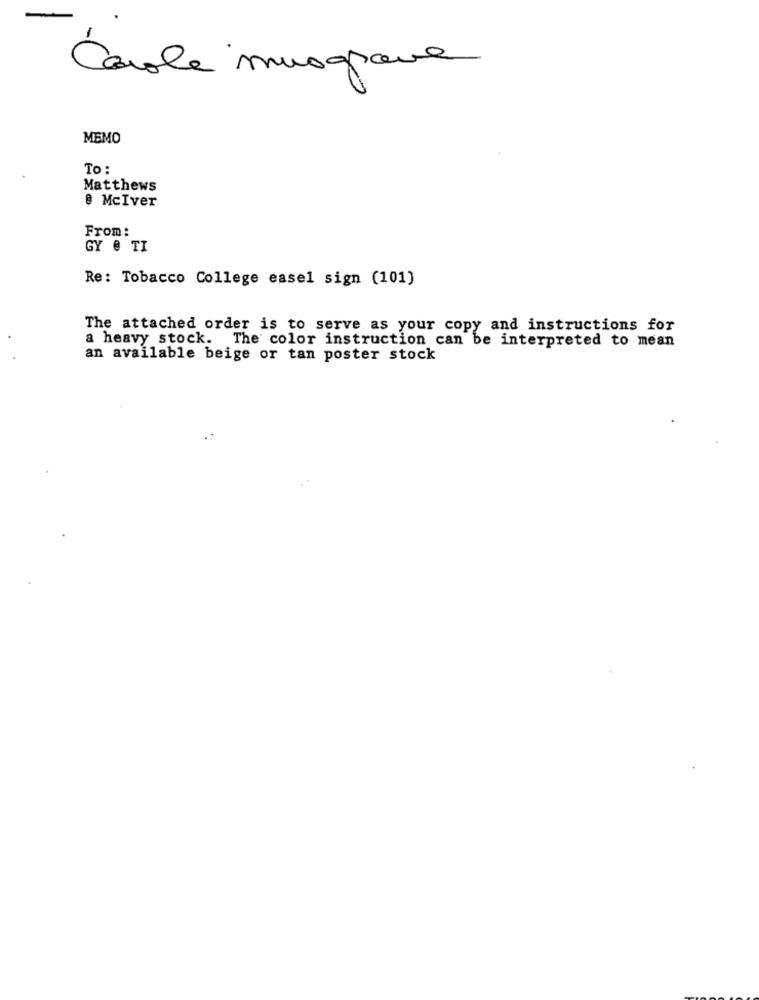
Carole musgrave
MEMO
To :
Matthews
@ McIver
From:
GY @ TI
Re: Tobacco College easel sign (101)
The attached order is to serve as your copy and instructions for
a heavy stock. The color instruction can be interpreted to mean
an available beige or tan poster stock